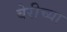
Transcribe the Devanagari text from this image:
बेरीच्या